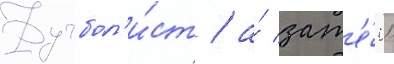
Футбол'и́ст / а́ зат'е́м